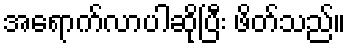
အရောက်လာပါဆိုပြီး ဖိတ်သည်။